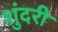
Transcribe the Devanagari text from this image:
शुंदरी